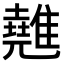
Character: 𩀸